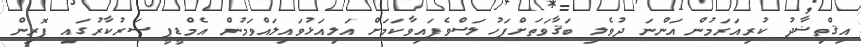
އިޤްތިޟާދު ކުރިއަރަމުން އަންނަ ދުވެލި ބަޤާވަތަށްފަހު ލަސްވެފައިވާކަމަށް އަލިއަޅުވައިލައްވަމުން އެމްޑީޕީ ސަރުކާރުގައި ފޮރިން